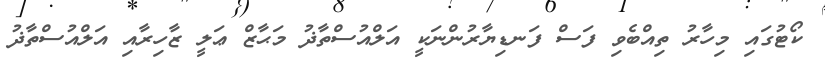
ކޯޓުގައި މިހާރު ތިއްބެވި ފަސް ފަނޑިޔާރުންނަކީ އަލްއުސްތާޛު މަޙާޒް ޢަލީ ޒާހިރާއި އަލްއުސްތާޛު